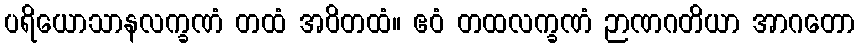
ပရိယောသာနလက္ခဏံ တထံ အဝိတထံ။ ဧဝံ တထလက္ခဏံ ဉာဏဂတိယာ အာဂတော